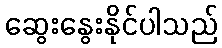
ဆွေးနွေးနိုင်ပါသည်